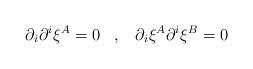
LaTeX: \begin{align*} \partial_{i}\partial^{i}\xi^{A}=0 \;\;\;,\;\;\; \partial_{i}\xi^{A}\partial^{i}\xi^{B}=0\end{align*}